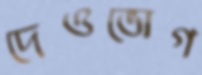
দেওভোগ